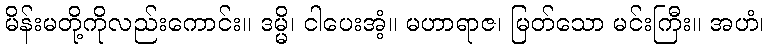
မိန်းမတို့ကိုလည်းကောင်း။ ဒမ္မိ၊ ငါပေးအံ့။ မဟာရာဇ၊ မြတ်သော မင်းကြီး။ အဟံ၊